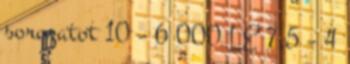
sorozatot 10 – 6 000 LE 7,5 – 4